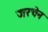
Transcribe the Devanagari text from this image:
जरचेन